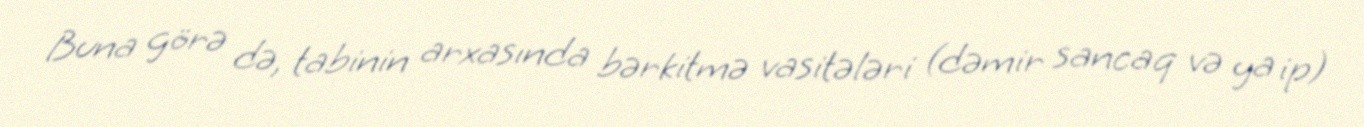
Buna görə də, tabinin arxasında bərkitmə vasitələri (dəmir sancaq və ya ip)